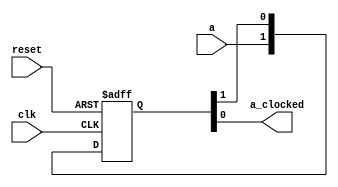
module input_stabilizer_layer_ctrl (
	input clk,
	input reset,
	input a,
	output a_clocked
);
	reg [1:0] a_reg;
   always @ (posedge reset or posedge clk)
     if (reset)
       a_reg <= #1 2'b00; 
     else
       a_reg <= #1 {a,a_reg[1]};
	 assign a_clocked = a_reg[0];
endmodule